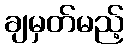
ချမှတ်မည့်